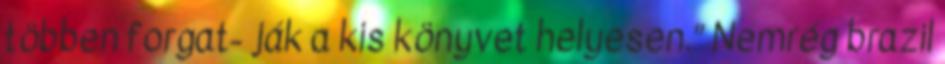
többen forgat- ják a kis könyvet helyesen.” Nemrég brazil